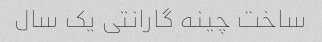
ساخت چینه گارانتی یک سال